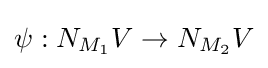
\psi :N_{M_{1}}V\to N_{M_{2}}V